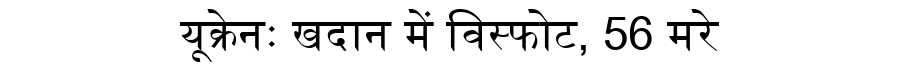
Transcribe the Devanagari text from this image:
यूक्रेनः खदान में विस्फोट, 56 मरे